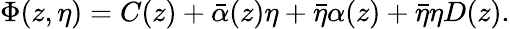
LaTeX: \Phi(z,\eta)=C(z)+\bar{\alpha}(z)\eta+\bar{\eta}\alpha(z)+\bar{\eta}\eta D(z).